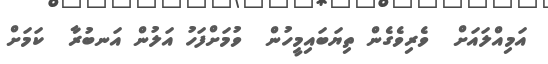
އަމިއްލައަށް  ވެރިވެގެން ތިޔަބައިމީހުން  ވުމަށްފަހު އަލުން އަނބުރާ  ކަމަށް